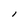
Character: l